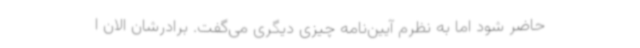
حاضر شود اما به نظرم آیین‌نامه چیزی دیگری می‌گفت. برادرشان الان ا